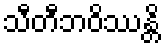
သီတီဘဝိဿန္တိ